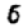
Digit: 6